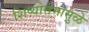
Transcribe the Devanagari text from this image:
शिष्योत्तमामुळे